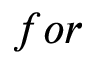
f o r